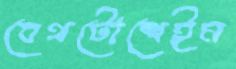
বেথটোশেইম